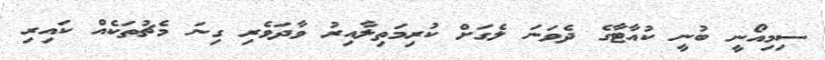
ސިމިއޯނީ ބުނީ ކުއާޓާގެ ދެވަނަ ލެގަށް ކުރިމަތިލާއިރު ވާދަވެރި ގިނަ މެޗުތަކެއް ކައިރި